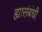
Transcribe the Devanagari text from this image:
ह्यासंबंधी